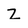
Character: Z